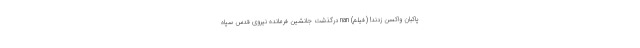
پاکبان واکسن زدند! (فیلم) nan درگذشت جانشین فرمانده نیروی قدس سپاه